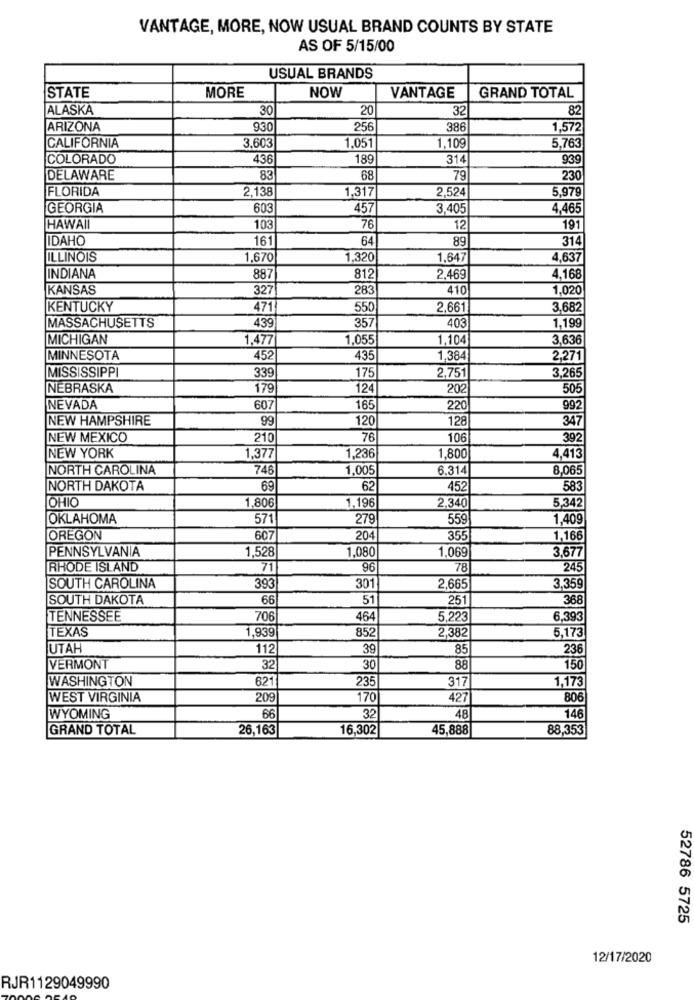
VANTAGE, MORE, NOW USUAL BRAND COUNTS BY STATE
AS OF 5/15/00
USUAL BRANDS
MORE
STATE
NOW
VANTAGE
GRAND TOTAL
ALASKA
30
20
32
82
ARIZONA
930
256
386
1,572
1.051
1.109
CALIFORNIA
3,603
5,763
COLORADO
436
189
31
939
DELAWARE
83
68
79
230
FLORIDA
2,138
1,317
2,524
5,979
GEORGIA
603
457
3,405
4,465
HAWAII
103
76
12
191
IDAHO
161
64
89
314
ILLINOIS
1,670
1,320
1,647
4,637
INDIANA
887
812
2,469
4,168
KANSAS
327
283
410
1,020
KENTUCKY
471
550
2.661
3,682
357
403
1,199
MASSACHUSETTS
439
MICHIGAN
1,477
1,055
1.104
3,636
MINNESOTA
452
435
1,384
2,271
MISSISSIPPI
339
175
2,751
3,265
NEBRASKA
179
124
202
505
NEVADA
607
165
220
992
NEW HAMPSHIRE
99
120
128
347
NEW MEXICO
210
76
106
392
NEW YORK
1,377
1,236
1,800
4,413
NORTH CAROLINA
746
1.005
6.314
8,065
NORTH DAKOTA
69
62
452
583
OHIO
1,196
5,342
1,806
2,340
OKLAHOMA
571
279
559
1,409
OREGON
60
20
355
1,166
PENNSYLVANIA
1,080
1,069
1,528
3,677
RHODE ISLAND
71
96
78
245
SOUTH CAROLINA
393
301
2.665
3,359
SOUTH DAKOTA
66
51
251
368
TENNESSEE
706
464
5,223
6,393
TEXAS
1,939
852
5,173
2,382
UTAH
112
39
85
236
VERMONT
32
30
88
150
WASHINGTON
621
235
317
1,173
WEST VIRGINIA
20
170
427
806
WYOMING
66
32
48
146
GRAND TOTAL
26,163
16,302
45,888
88,353
52786 5725
12/17/2020
RJR1129049990